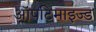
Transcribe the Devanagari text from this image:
ऑपटिमाइज्ड